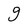
Character: g